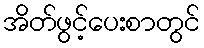
အိတ်ဖွင့်ပေးစာတွင်